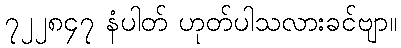
၇၂၂၈၄၇ နံပါတ် ဟုတ်ပါသလားခင်ဗျာ။